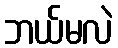
ဘယ်မလဲ